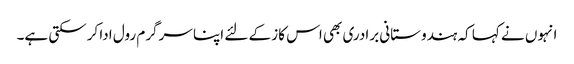
انہوں نے کہا کہ ہندوستانی برادری بھی اس کاز کے لئے اپنا سرگرم رول ادا کرسکتی ہے۔